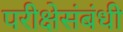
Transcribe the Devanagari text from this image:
परीक्षेसंबंधी